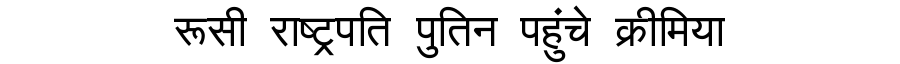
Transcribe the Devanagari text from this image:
रूसी राष्ट्रपति पुतिन पहुंचे क्रीमिया